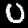
Digit: 0